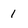
Character: 1